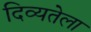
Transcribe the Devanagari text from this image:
दिव्यतेला